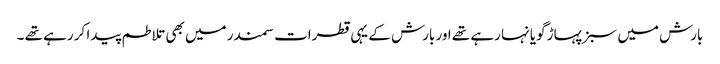
بارش میں سبز پہاڑ گویا نہا رہے تھے اور بارش کے یہی قطرات سمندر میں بھی تلاطم پیدا کر رہے تھے ۔